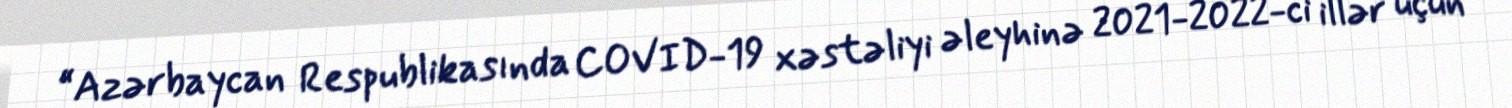
“Azərbaycan Respublikasında COVID-19 xəstəliyi əleyhinə 2021-2022-ci illər üçün